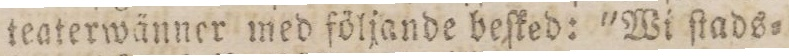
teaterwänner med följande beſked: 'Wi ſtads=